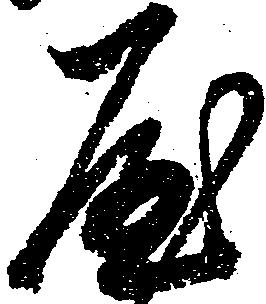
屋